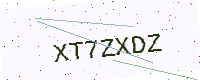
Text: XT7ZXDZ